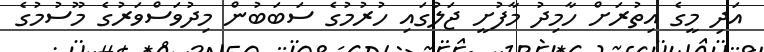
އަދި މީގެ އިތުރަށް ހާމިދު މާފުށީ ޖަލުގައި ހުރުމުގެ ސަބަބުން މިދުވަސްވަރުގެ މޫސުމުގެ